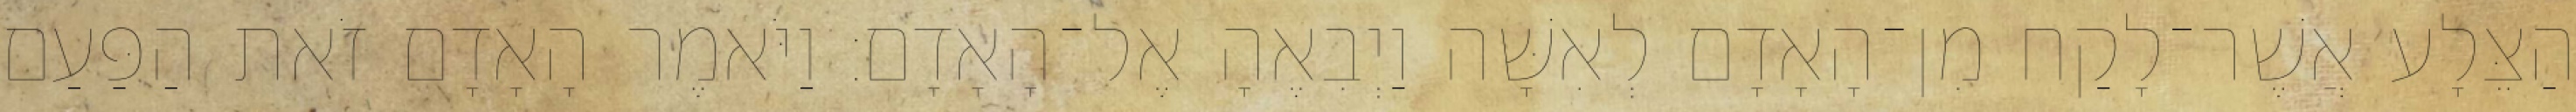
הַצֵּלָע אֲשֶׁר־לָקַח מִן־הָאָדָם לְאִשָּׁה וַיְבִאֶהָ אֶל־הָאָדָם׃ וַיֹּאמֶר הָאָדָם זֹאת הַפַּעַם